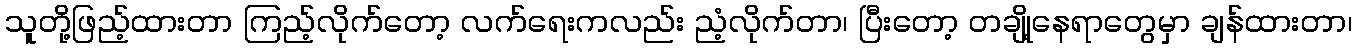
သူတို့ဖြည့်ထားတာ ကြည့်လိုက်တော့ လက်ရေးကလည်း ညံ့လိုက်တာ၊ ပြီးတော့ တချို့နေရာတွေမှာ ချန်ထားတာ၊